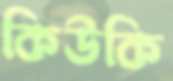
কিউকি